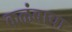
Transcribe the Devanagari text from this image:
कळंबाचा